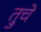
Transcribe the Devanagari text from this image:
त्रुचे